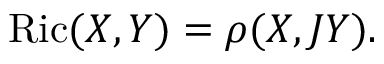
\operatorname { R i c } ( X , Y ) = \rho ( X , J Y ) .